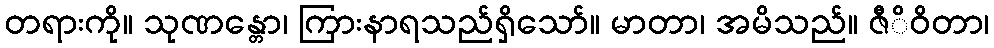
တရားကို။ သုဏန္တော၊ ကြားနာရသည်ရှိသော်။ မာတာ၊ အမိသည်။ ဇီိဝိတာ၊